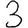
Digit: 3